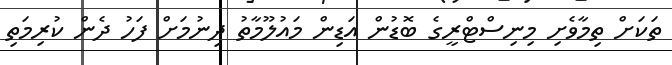
ތަކަށް ތިމާވެށި މިނިސްޓްރީގެ ބޮޑުން އަޑިން މައުލޫމާތު ދިނުމަށް ފަހު ދެން ކުރިމަތި